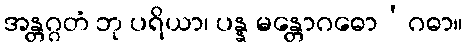
အန္တဂ္ဂတံ ဘု ပရိယာ၊ ပန္န မန္တောဂဓော’ဂဓာ။